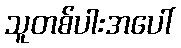
သူတစ်ပါးအပေါ်